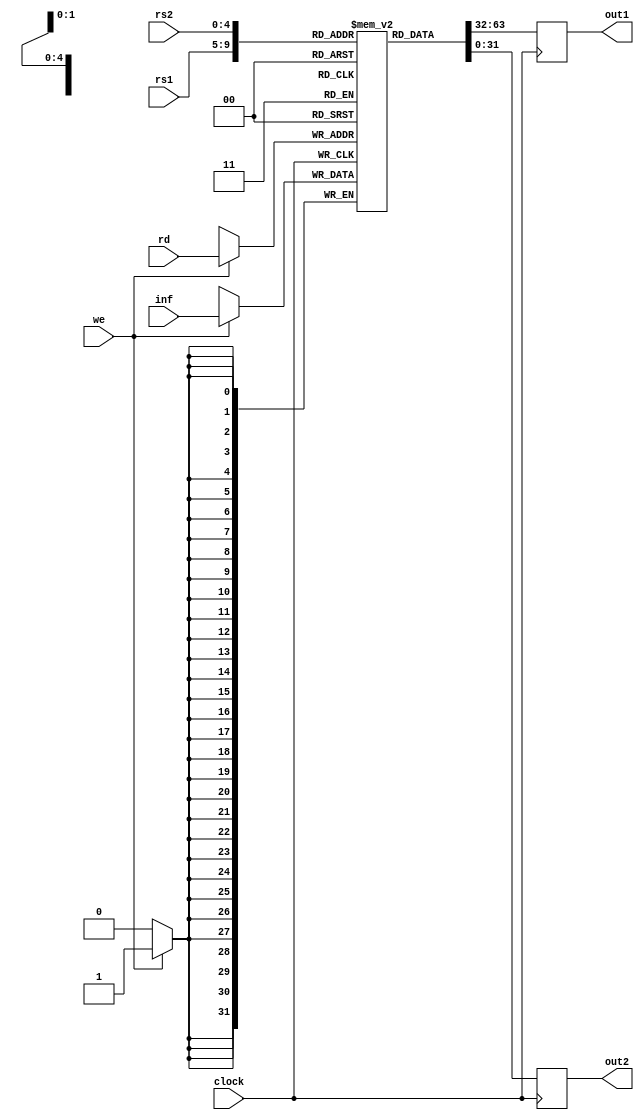
`timescale 1ns / 1ps
//////////////////////////////////////////////////////////////////////////////////
// Company: 
// Engineer: 
// 
// Design Name: 
// Module Name:    RegisterFile 
// Project Name: 
// Target Devices: 
// Tool versions: 
// Description: 
//
// Dependencies: 
//
// Revision: 
// Revision 0.01 - File Created
// Additional Comments: 
//
//////////////////////////////////////////////////////////////////////////////////
module RegisterFile( rs1, rs2, rd, inf, we, out1, out2, clock
    );
input[4:0] rs1, rs2; 					//Nmero de registro a leer (5 bits porque son 32 registros)
input[4:0] rd; 							//Nmero de registro al que se va a escribir algo
input we; 									//write enable, habilita la escritura en un registro
input[31:0] inf; 							//Datos para guardar en W1
input clock;
output reg[31:0] out1, out2; 			//Salidas para R1 y R2 respectivamente

reg [31:0] rf[31:0]; 					//Un array de 32 registros de 32 bits

always@(posedge clock) begin 			//Se activa cada ciclo de reloj 

	if(we)	rf[rd]<= inf;				// Revisa si est habilitada la escritura y guarda datos de D1 en W1		
	out1 <= rf[rs1];					//Guarda datos de R1 en Out1
	out2 <= rf[rs2];					//Guarda datos de R2 en Out2
end
endmodule